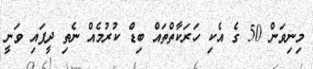
މިނިވަން 50 ގެ އެކި ހަރަކާތްތައް ބިޑް ކުރުމެއް ނެތި ދީފައި ވަނީ